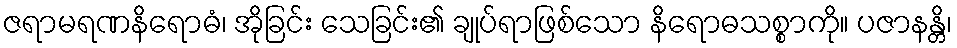
ဇရာမရဏနိရောဓံ၊ အိုခြင်း သေခြင်း၏ ချုပ်ရာဖြစ်သော နိရောဓသစ္စာကို။ ပဇာနန္တိ၊